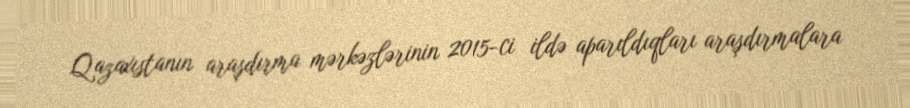
Qazaxıstanın araşdırma mərkəzlərinin 2015-ci ildə aparıldıqları araşdırmalara